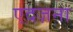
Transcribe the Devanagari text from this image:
एदज़ना